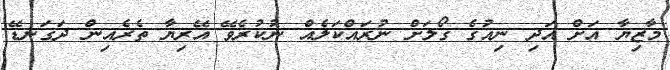
މާޒިޔާ އަށް އަދި ނިއުގެ ގޯލަށް ނުރައްކަލެއް ނުކުރެވޭ އޭރިޔާ ތެރެއިން ދަގަނޑޭ